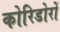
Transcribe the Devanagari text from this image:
कोरिडोरों